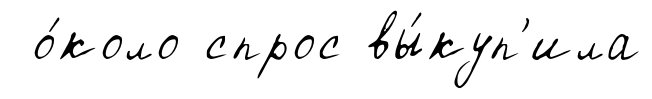
о́коло спрос вы́куп'ила